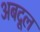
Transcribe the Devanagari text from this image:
अबदूल